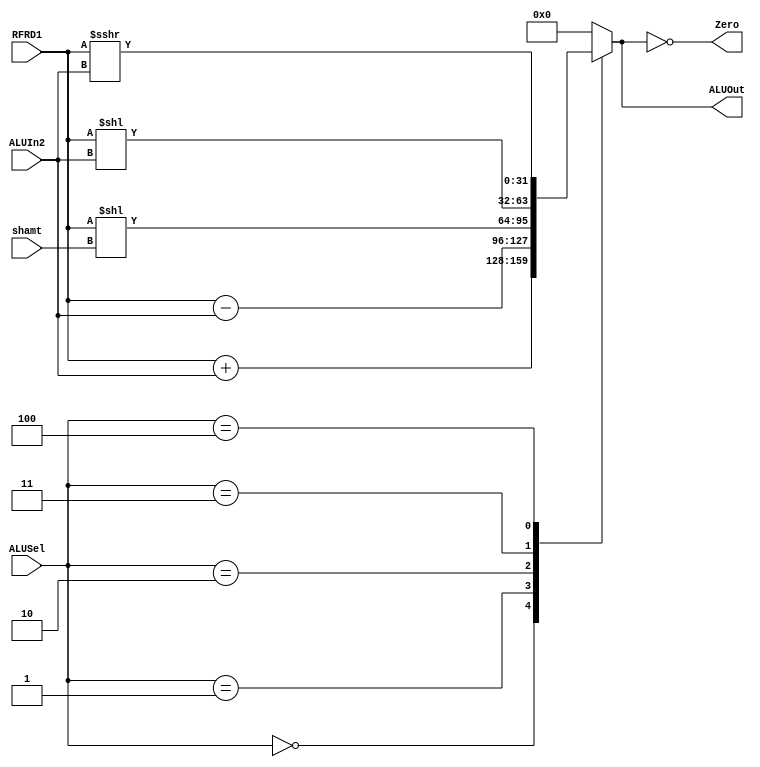
module ALU (ALUSel, RFRD1, ALUIn2, ALUOut, Zero,shamt);

	input [3:0] ALUSel;
	input [31:0] RFRD1,ALUIn2;
	input [4:0] shamt;
	output reg [31:0] ALUOut;
	output Zero;
	assign Zero = (ALUOut == 0);
	
	always @(*)
	 begin
		case (ALUSel)
			4'b0000: ALUOut = RFRD1 + ALUIn2;
			4'b0001: ALUOut = RFRD1 - ALUIn2;
			4'b0010: ALUOut = RFRD1 << shamt;
			4'b0011: ALUOut = RFRD1 << ALUIn2;
			4'b0100: ALUOut = RFRD1 >>>ALUIn2;
			default: ALUOut <= 0;
		endcase
	end
endmodule